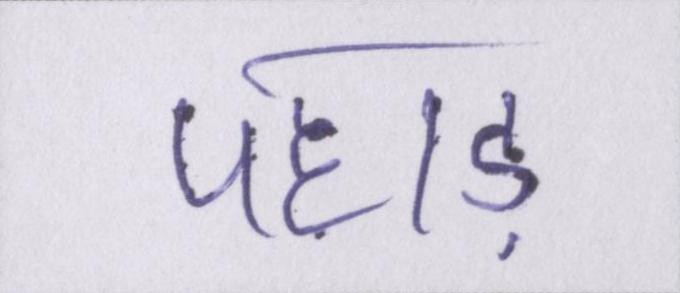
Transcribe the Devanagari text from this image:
पहाड़